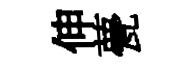
伸甍